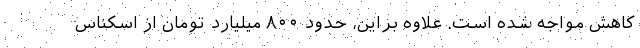
کاهش مواجه شده است. علاوه براین، حدود ۸۰۰ میلیارد تومان از اسکناس